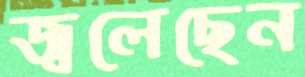
জ্বলেছেন